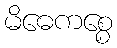
မိဓေကစ္စေ